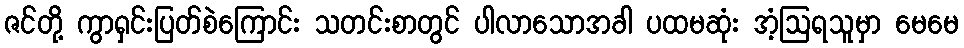
ဇင်တို့ ကွာရှင်းပြတ်စဲကြောင်း သတင်းစာတွင် ပါလာသောအခါ ပထမဆုံး အံ့ဩရသူမှာ မေမေ